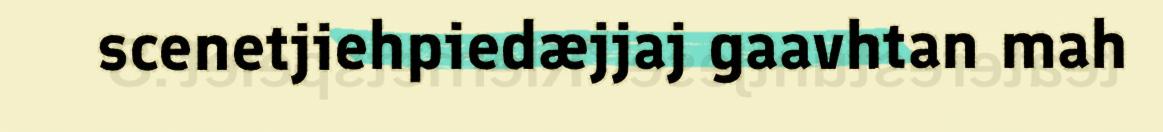
scenetjiehpiedæjjaj gaavhtan mah